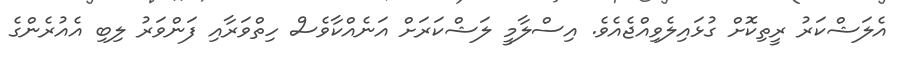
އެލަޝްކަރު ރީތިކޮށް ގުޅައިލެވިއްޖެއެވެ. އިސްލާމީ ލަޝްކަރަށް އަނެއްކާވެސް ހިތްވަރާއި ފަންވަރު ލިބި އެއުރެންގެ